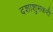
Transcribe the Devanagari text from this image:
दशाशुभकरी